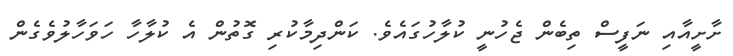
ށާށީއާއި ނަފީސް ތިބެން ޖެހުނީ ކުލާހުގައެވެ. ކަންދިމާކުރި ގޮތުން އެ ކުލާހާ ހަވަހާލުވެގެން